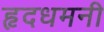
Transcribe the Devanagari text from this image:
हृदधमनी